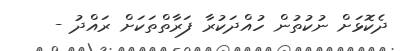
ދެކޮޅަށް ނުކުތުން ހުއްދަކުރާ ފަރާތްތަކަށް ރައްދު -